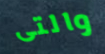
والتى